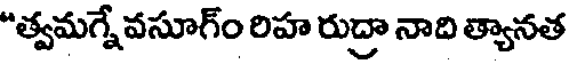
"త్వమగ్నేవసూగ్ం రిహ రుద్రా నాది త్యానత